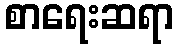
စာရေးဆရာ